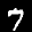
Label: 7